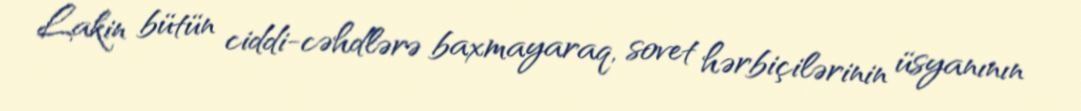
Lakin bütün ciddi-cəhdlərə baxmayaraq, sovet hərbiçilərinin üsyanının